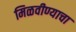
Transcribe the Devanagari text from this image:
मिळवीण्याचा